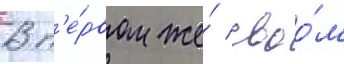
В п'е́рвом же́ своо́м